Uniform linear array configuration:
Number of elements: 16
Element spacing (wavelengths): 1
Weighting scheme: hamming
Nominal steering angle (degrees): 30
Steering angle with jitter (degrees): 29.208
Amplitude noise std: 0.05
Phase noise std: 0.05

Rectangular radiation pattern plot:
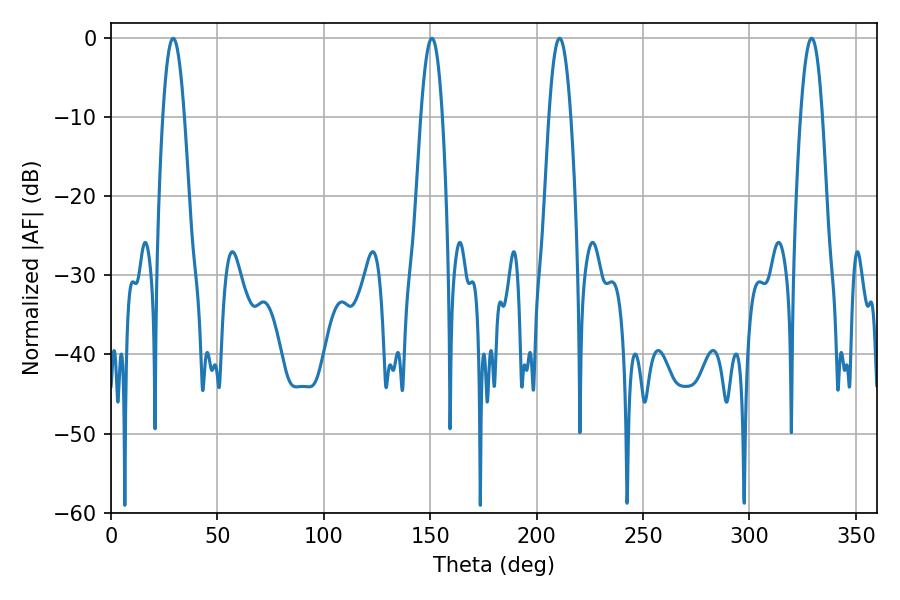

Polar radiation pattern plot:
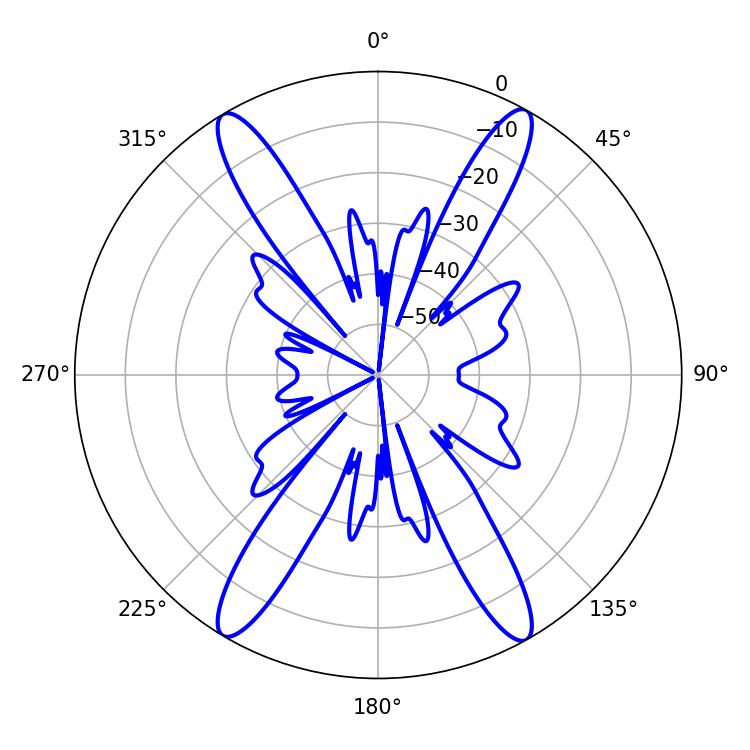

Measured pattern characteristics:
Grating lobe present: TRUE
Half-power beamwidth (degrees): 5.58
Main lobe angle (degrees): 210.78